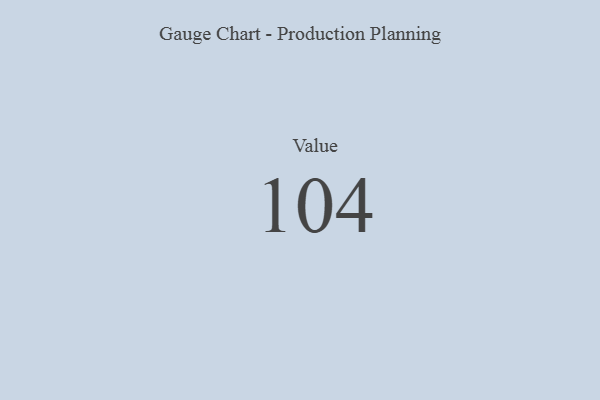
{"axis": {"x": "Metric", "y": "Value"}, "legend": [""], "data": [{"x": "Value", "y": 104, "type": ""}]}